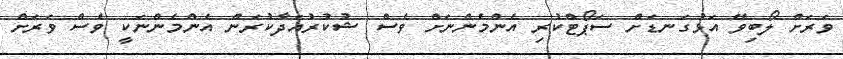
ވަރަށް ލޯބިވޭ އަޅުގަނޑަށް ސަޕޯޓްކުރި އެންމެންނަށް ވެސް ޝުކުރުއަދާކުރަން އެންމެންނަކީ ވެސް ވަރަށް